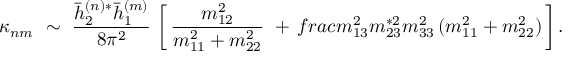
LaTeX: \kappa _ { n m } \ \sim \ \frac { \bar { h } _ { 2 } ^ { ( n ) * } \bar { h } _ { 1 } ^ { ( m ) } } { 8 \pi ^ { 2 } } \ \bigg [ \, \frac { m _ { 1 2 } ^ { 2 } } { m _ { 1 1 } ^ { 2 } + m _ { 2 2 } ^ { 2 } } \ + \, f r a c { m _ { 1 3 } ^ { 2 } m _ { 2 3 } ^ { * 2 } } { m _ { 3 3 } ^ { 2 } \, ( m _ { 1 1 } ^ { 2 } + m _ { 2 2 } ^ { 2 } ) } \, \bigg ] \, .